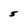
Character: 5